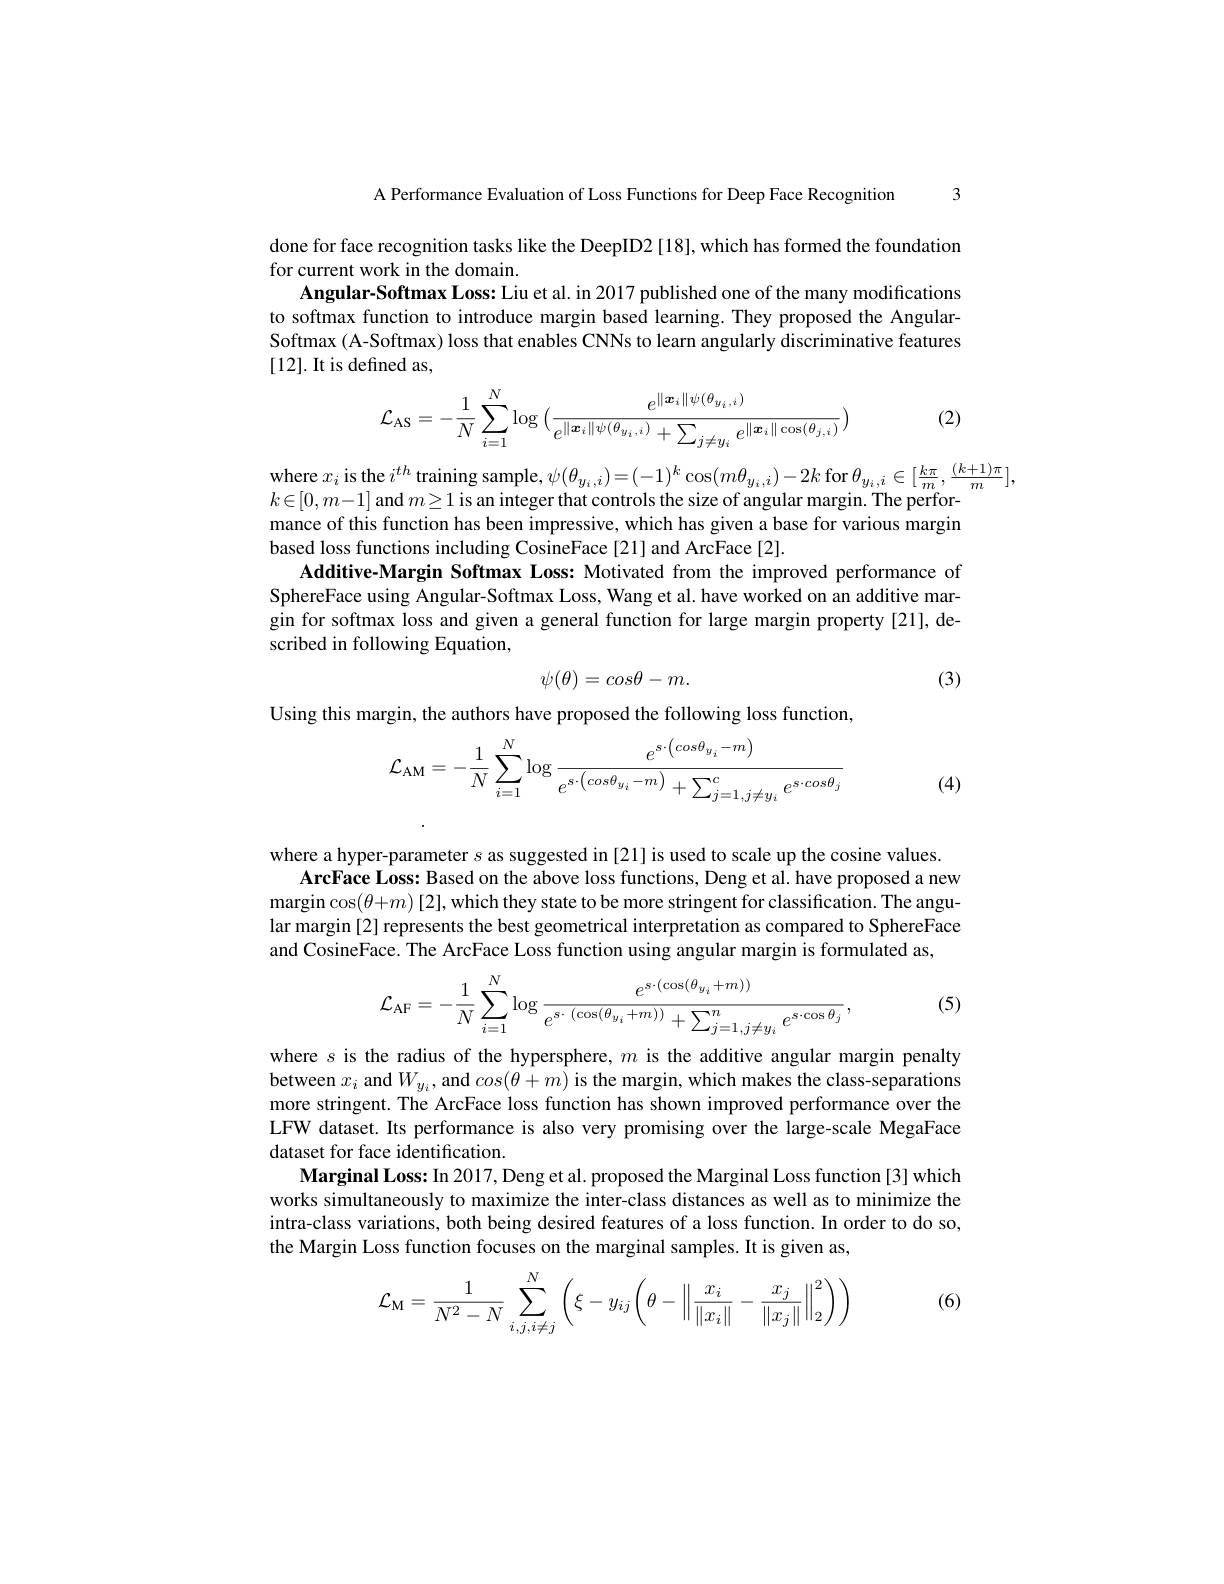
A Performance Evaluation of Loss Functions for Deep Face Recognition 3

done for face recognition tasks like the DeepID2 [18], which has formed the foundation
for current work in the domain.
Angular-Softmax Loss: Liu et al. in 2017 published one of the many modifications to softmax function to introduce margin based learning. They proposed the AngularSoftmax (A-Softmax) loss that enables CNNs to learn angularly discriminative features [12]. It is defined as,

(2)
$$\mathcal{L}_{\mathrm{AS}}=-\frac{1}{N}\sum_{i=1}^{N}\log{(\frac{e^{\|\boldsymbol{x}_{i}\|\psi(\theta_{y_{i},i})}}{e^{\|\boldsymbol{x}_{i}\|\psi(\theta_{y_{i},i})}+\sum_{j\neq y_{i}}e^{\|\boldsymbol{x}_{i}\|\cos(\theta_{j,i})}})}$$
where $x_{i}$ is the $i^{th}$ training sample, $\psi ( \theta _{y_{i}, i}) = ( - 1) ^{k}\cos ( m\theta _{y_{i}, i}) - 2k$ for $\theta _{y_{i}, i}\in [ \frac {k\pi }m, \frac {( k+ 1) \pi }m] $, where $x_{i}$ is the $i^{th}$ training sample, $\psi ( \theta _{y_{i}, i}) = ( - 1) ^{k}\cos ( m\theta _{y_{i}, i}) - 2k$ fov $\theta _{y_{i}, i}\in [ \frac {k\pi }{}$
$k\in[0,m-1]$ and $m\geq1$ is an integer that controls the size of angular margin. The performance of this function has been impressive, which has given a base for various margin based loss functions including CosineFace [21] and ArcFace [2]
Additive-Margin Softmax Loss: Motivated from the improved performance of SphereFace using Angular-Softmax Loss, Wang et al. have worked on an additive mar gin for softmax loss and given a general function for large margin property [21], described in following Equation,
$$\psi(\theta)=cos\theta-m.$$
(3)

Using this margin, the authors have proposed the following loss function,
$$\begin{aligned}\mathcal{L}_{\mathrm{AM}}&=-\frac{1}{N}\sum_{i=1}^{N}\log\frac{e^{s\cdot\left(cos\theta_{y_i}-m\right)}}{e^{s\cdot\left(cos\theta_{y_i}-m\right)}+\sum_{j=1,j\neq y_i}^{c}e^{s\cdot cos\theta_j}}\end{aligned}$$
(4)

where a hyper-parameter $s$ as suggested in [21] is used to scale up the cosine values.
ArcFace Loss: Based on the above loss functions, Deng et al. have proposed a new margin$\cos(\theta+m)$[2], which they state to be more stringent for classification. The angular margin [2] represents the best geometrical interpretation as compared to SphereFace and CosineFace. The ArcFace Loss function using angular margin is formulated as,
$$\mathcal{L}_{\mathrm{AF}}=-\frac{1}{N}\sum_{i=1}^{N}\log\frac{e^{s\cdot(\cos(\theta_{y_i}+m))}}{e^{s\cdot(\cos(\theta_{y_i}+m))}+\sum_{j=1,j\neq y_i}^{n}e^{s\cdot\cos\theta_j}},$$
(5)

where $s$ is the radius of the hypersphere, $m$ is the additive angular margin penalty between $x_i$ and $W_{y_{i}}$, and $cos(\theta+m)$ is the margin, which makes the class-separations more stringent. The ArcFace loss function has shown improved performance over the LFW dataset. Its performance is also very promising over the large-scale MegaFace dataset for face identification.
Marginal Loss: In 2017, Deng et al. proposed the Marginal Loss function [3] which works simultaneously to maximize the inter-class distances as well as to minimize the intra-class variations, both being desired features of a loss function. In order to do so, the Margin Loss function focuses on the marginal samples. It is given as,

(6)
$$\mathcal{L}_{\mathrm{M}}=\frac{1}{N^2-N}\sum_{i,j,i\neq j}^{N}\left(\xi-y_{ij}\left(\theta-\left\|\frac{x_i}{\|x_i\|}-\frac{x_j}{\|x_j\|}\right\|_2^2\right)\right)$$